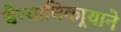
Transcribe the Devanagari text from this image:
सैन्याधिकार्‍याने